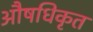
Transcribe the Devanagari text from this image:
औषधिकृत